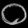
Digit: ၀